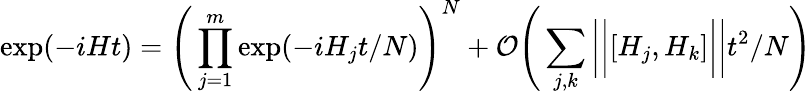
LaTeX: \exp(-iHt)=\Bigg(\prod_{j=1}^{m}\exp(-iH_{j}t/N)\Bigg)^{N}+\mathcal{O}\Bigg(\sum_{j,k}\bigg\vert\bigg\vert[H_{j},H_{k}]\bigg\vert\bigg\vert t^{2}/N\Bigg)